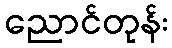
ညောင်တုန်း